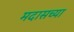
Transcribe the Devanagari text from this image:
मदासच्या